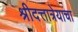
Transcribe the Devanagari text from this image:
श्रीदत्तात्रेयाचा